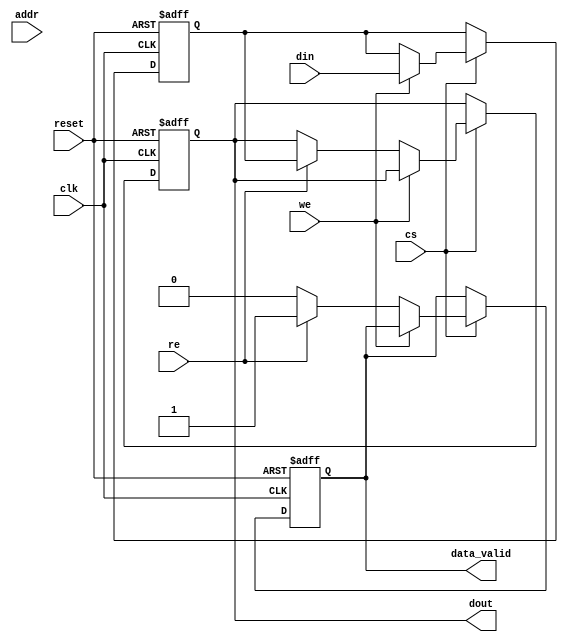
module mram_io_block (
    input wire clk,                  // System clock
    input wire reset,                // Asynchronous reset
    input wire cs,                   // Chip Select
    input wire we,                   // Write Enable
    input wire re,                   // Read Enable
    input wire [ADDR_WIDTH-1:0] addr,// Address bus
    input wire [DATA_WIDTH-1:0] din, // Data input
    output reg [DATA_WIDTH-1:0] dout,// Data output
    output reg data_valid            // Data valid signal
);

parameter ADDR_WIDTH = 8;          // Address width
parameter DATA_WIDTH = 16;         // Data width

reg [DATA_WIDTH-1:0] data_buf;     // Data buffer for latching
reg [ADDR_WIDTH-1:0] addr_buf;     // Address buffer

// Input buffering - latching data on write
always @(posedge clk or posedge reset) begin
    if (reset) begin
        data_buf <= 0;
        addr_buf <= 0;
        dout <= 0;
        data_valid <= 0;
    end else if (cs) begin
        if (we) begin
            // Write operation
            data_buf <= din;         // Latch data
            addr_buf <= addr;       // Latch address
            // Here, you would normally write to the MRAM core
            // For simulation, we just show latching
        end else if (re) begin
            // Read operation
            addr_buf <= addr;       // Latch address for read
            // Here, you would normally read from the MRAM core
            // For simulation, we will assume data is available
            dout <= data_buf;       // Simulating data retrieval
            data_valid <= 1;        // Data is valid
        end else begin
            data_valid <= 0;        // No operation
        end
    end
end

// Control signal management (optional for more complex scenarios)
// Example: Power management, error detection etc. can be added here

endmodule